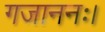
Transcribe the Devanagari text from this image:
गजाननः।